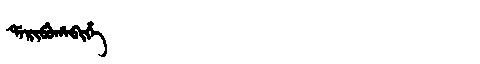
Manchu: ᡩᠠᡵᡳᠪᡠᡥᠠᠪᡳᡥᡝ
Romanization: DARIBUHABIHE